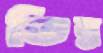
ভিন্ন